Civil Veterinary Department. Madras. Admin. report 1926-33 - 1926-1933
Year: 1926
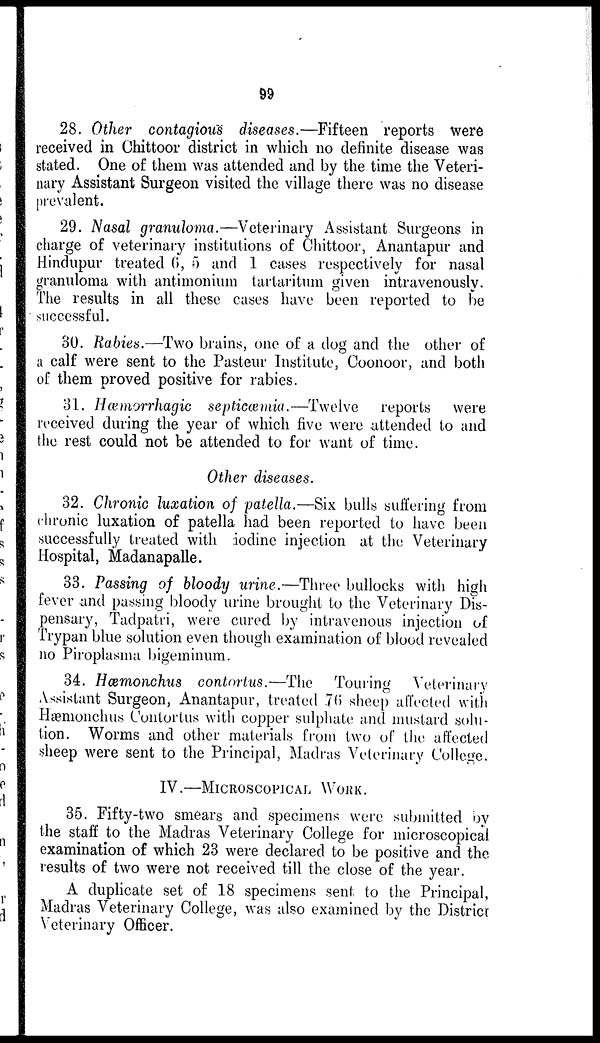
99
28. Other contagious diseases.—Fifteen reports were
received in Chittoor district in which no definite disease was
stated. One of them was attended and by the time the Veteri-
nary Assistant Surgeon visited the village there was no disease
prevalent.
29. Nasal granuloma.—Veterinary Assistant Surgeons in
charge of veterinary institutions of Chittoor, Anantapur and
Hindupur treated 6, 5 and 1 cases respectively for nasal
granuloma with antimonium tartaritum given intravenously.
The results in all these cases have been reported to be
successful.
30. Rabies.—Two brains, one of a dog and the other of
a calf were sent to the Pasteur Institute, Coonoor, and both
of them proved positive for rabies.
31. Hæmorrhagic septicæmia.—Twelve
reports were
received during the year of which five were attended to and
the rest could not be attended to for want of time.
Other diseases.
32. Chronic luxation of patella.—Six bulls suffering from
chronic luxation of patella had been reported to have been
successfully treated with iodine injection at the Veterinary
Hospital, Madanapalle.
33. Passing of bloody urine.—Three bullocks with high
fever and passing bloody urine brought to the Veterinary Dis-
pensary, Tadpatri, were cured by intravenous injection of
Trypan blue solution even though examination of blood revealed
no Piroplasma bigeminum.
34. Hæmonchus contortus.—The
Touring Veterinary
Assistant Surgeon, Anantapur, treated 76 sheep affected with
Hæmonchus Contortus with copper sulphate and mustard solu-
tion. Worms and other materials from two of the affected
sheep were sent to the Principal, Madras Veterinary College.
IV.—MICROSCOPICAL WORK.
35. Fifty-two smears and specimens were submitted by
the staff to the Madras Veterinary College for microscopical
examination of which 23 were declared to be positive and the
results of two were not received till the close of the year.
A duplicate set of 18 specimens sent to the Principal,
Madras Veterinary College, was also examined by the District
Veterinary Officer.